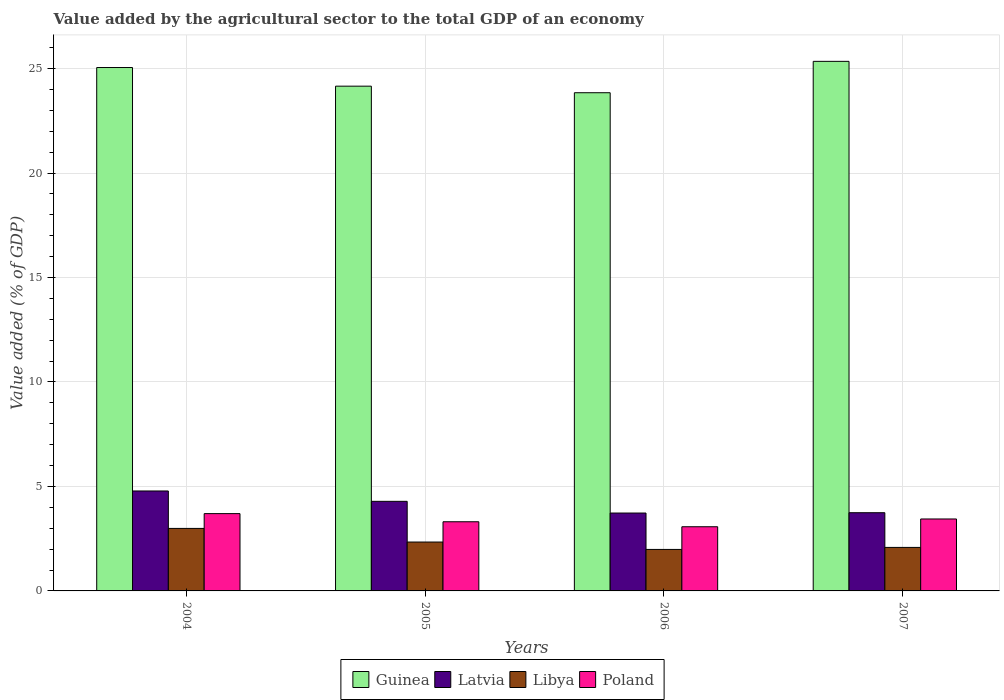
| Years | Guinea | Latvia | Libya | Poland |
 | --- | --- | --- | --- | --- |
 | 2004 | 25.1 | 4.78 | 2.99 | 3.7 |
 | 2005 | 24.2 | 4.29 | 2.34 | 3.31 |
 | 2006 | 23.8 | 3.73 | 1.99 | 3.07 |
 | 2007 | 25.3 | 3.74 | 2.08 | 3.44 |